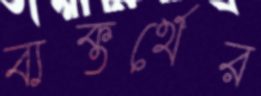
ব্যক্তর্থের